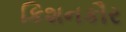
કિશનકૌર